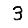
Digit: 3